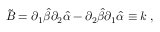
\tilde { B } = \partial _ { 1 } \hat { \beta } \partial _ { 2 } \hat { \alpha } - \partial _ { 2 } \hat { \beta } \partial _ { 1 } \hat { \alpha } \equiv k \; ,